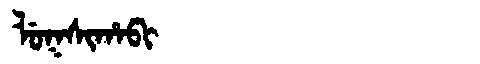
Manchu: ᠯᡠᡴᠰᡳᡥᠠᠪᡳ
Romanization: LUKSIHABI